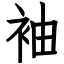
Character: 袖